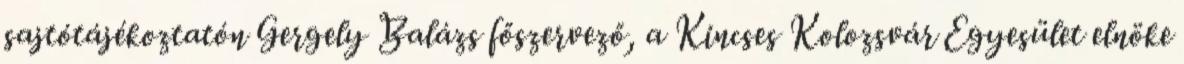
sajtótájékoztatón Gergely Balázs főszervező, a Kincses Kolozsvár Egyesület elnöke